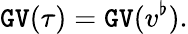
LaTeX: \mathtt{GV}(\tau)=\mathtt{GV}(v^{\flat}).